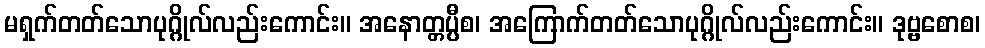
မရှက်တတ်သောပုဂ္ဂိုလ်လည်းကောင်း။ အနောတ္တပ္ပီစ၊ အကြောက်တတ်သောပုဂ္ဂိုလ်လည်းကောင်း။ ဒုဗ္ဗစောစ၊